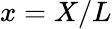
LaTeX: x=X/L